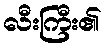
လီးကြီး၏